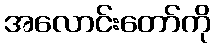
အလောင်းတော်ကို